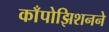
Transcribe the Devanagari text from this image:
काँपोझिशनने